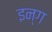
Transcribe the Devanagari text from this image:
इन्ग